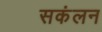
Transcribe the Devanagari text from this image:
सकंलन